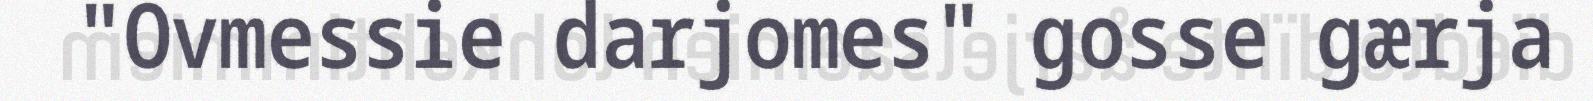
"Ovmessie darjomes" gosse gærja